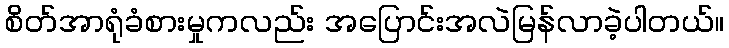
စိတ်အာရုံခံစားမှုကလည်း အပြောင်းအလဲမြန်လာခဲ့ပါတယ်။